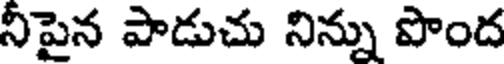
నీపైన పాడుచు నిన్ను పొంద